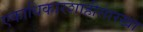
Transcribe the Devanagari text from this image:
एकाधिकारशाहीसारखा